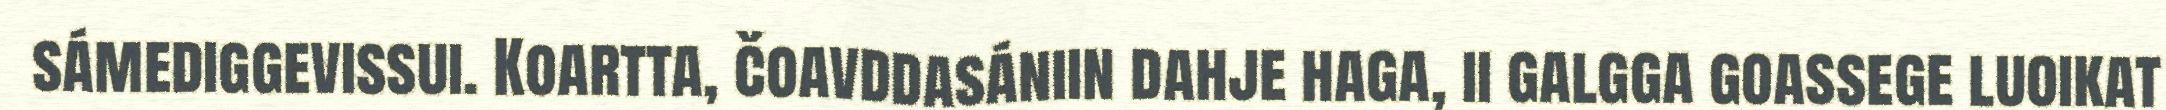
sámediggevissui. Koartta, čoavddasániin dahje haga, ii galgga goassege luoikat